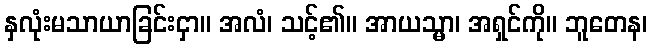
နှလုံးမသာယာခြင်းငှာ။ အလံ၊ သင့်၏။ အာယသ္မာ၊ အရှင်ကို။ ဘူတေန၊